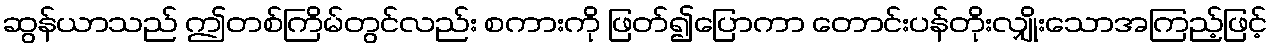
ဆွန်ယာသည် ဤတစ်ကြိမ်တွင်လည်း စကားကို ဖြတ်၍ပြောကာ တောင်းပန်တိုးလျှိုးသောအကြည့်ဖြင့်